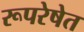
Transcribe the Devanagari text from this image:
रूपरेषेत